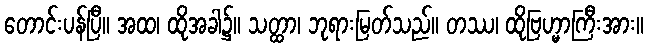
တောင်းပန်ပြီ။ အထ၊ ထိုအခါ၌။ သတ္ထာ၊ ဘုရားမြတ်သည်။ တဿ၊ ထိုဗြဟ္မာကြီးအား။